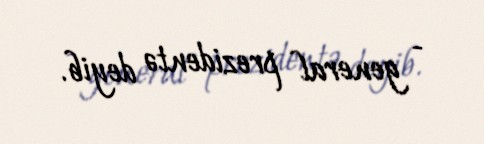
- general prezidentə deyib.